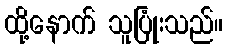
ထို့နောက် သူပြုံးသည်။